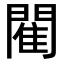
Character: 閵